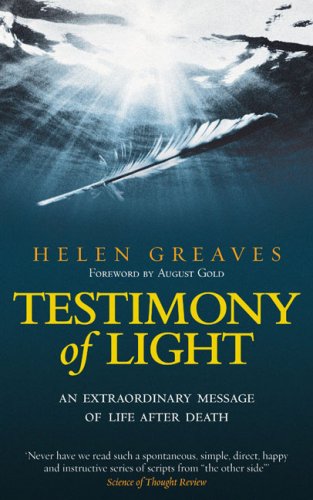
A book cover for Testimony of Light: An Extraordinary Message of Life After Death; Helen Greaves; Religion & Spirituality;